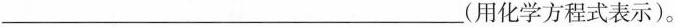
___(用化学方程式表示)。